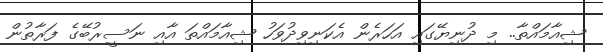
ޝިއާމައްތާ.. މި ދުނިޔޭގައި އަހަރެން އެކަނިވިދުވަހު ޝިއާމައްތަ އާއި ނަސީރުބޭގެ ފަރާތުން